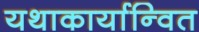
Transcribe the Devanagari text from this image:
यथाकार्यान्वित